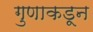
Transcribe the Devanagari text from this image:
गुणाकडून